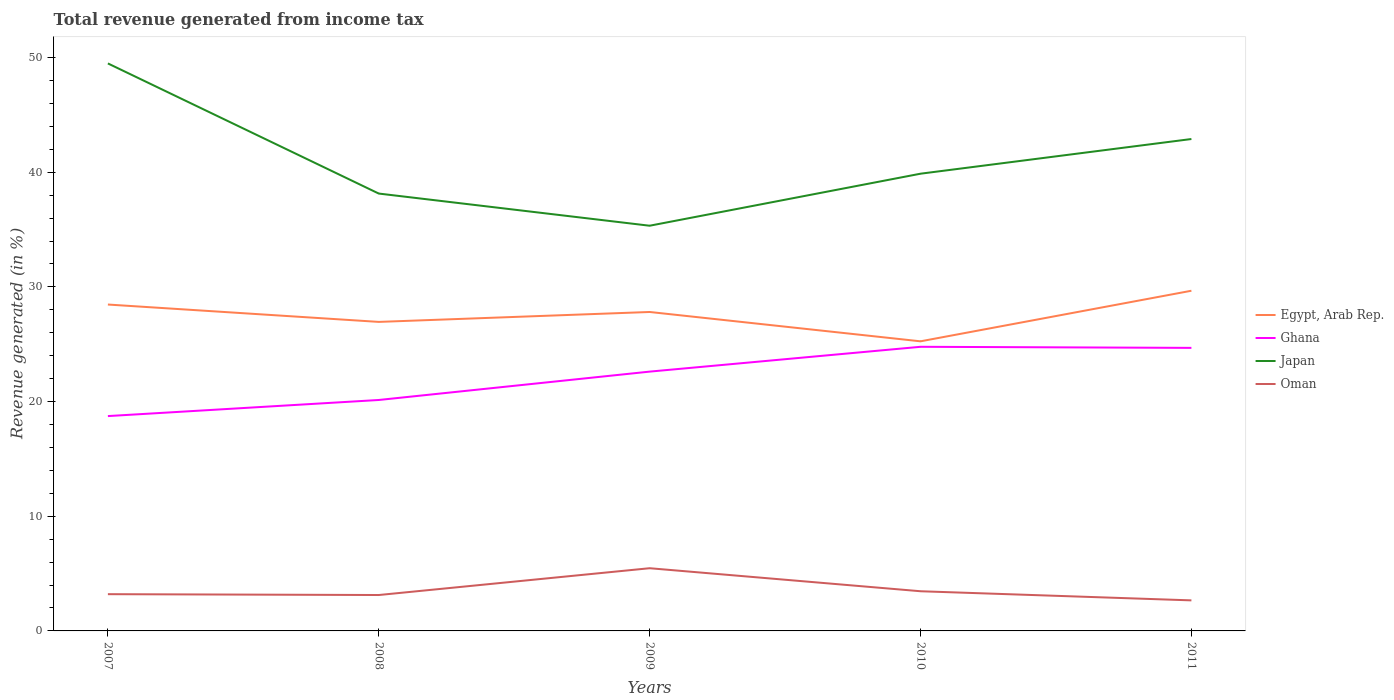
| Years | Egypt, Arab Rep. | Ghana | Japan | Oman |
 | --- | --- | --- | --- | --- |
 | 2007 | 28.5 | 18.7 | 49.5 | 3.2 |
 | 2008 | 26.9 | 20.1 | 38.1 | 3.13 |
 | 2009 | 27.8 | 22.6 | 35.3 | 5.47 |
 | 2010 | 25.3 | 24.8 | 39.9 | 3.46 |
 | 2011 | 29.7 | 24.7 | 42.9 | 2.66 |